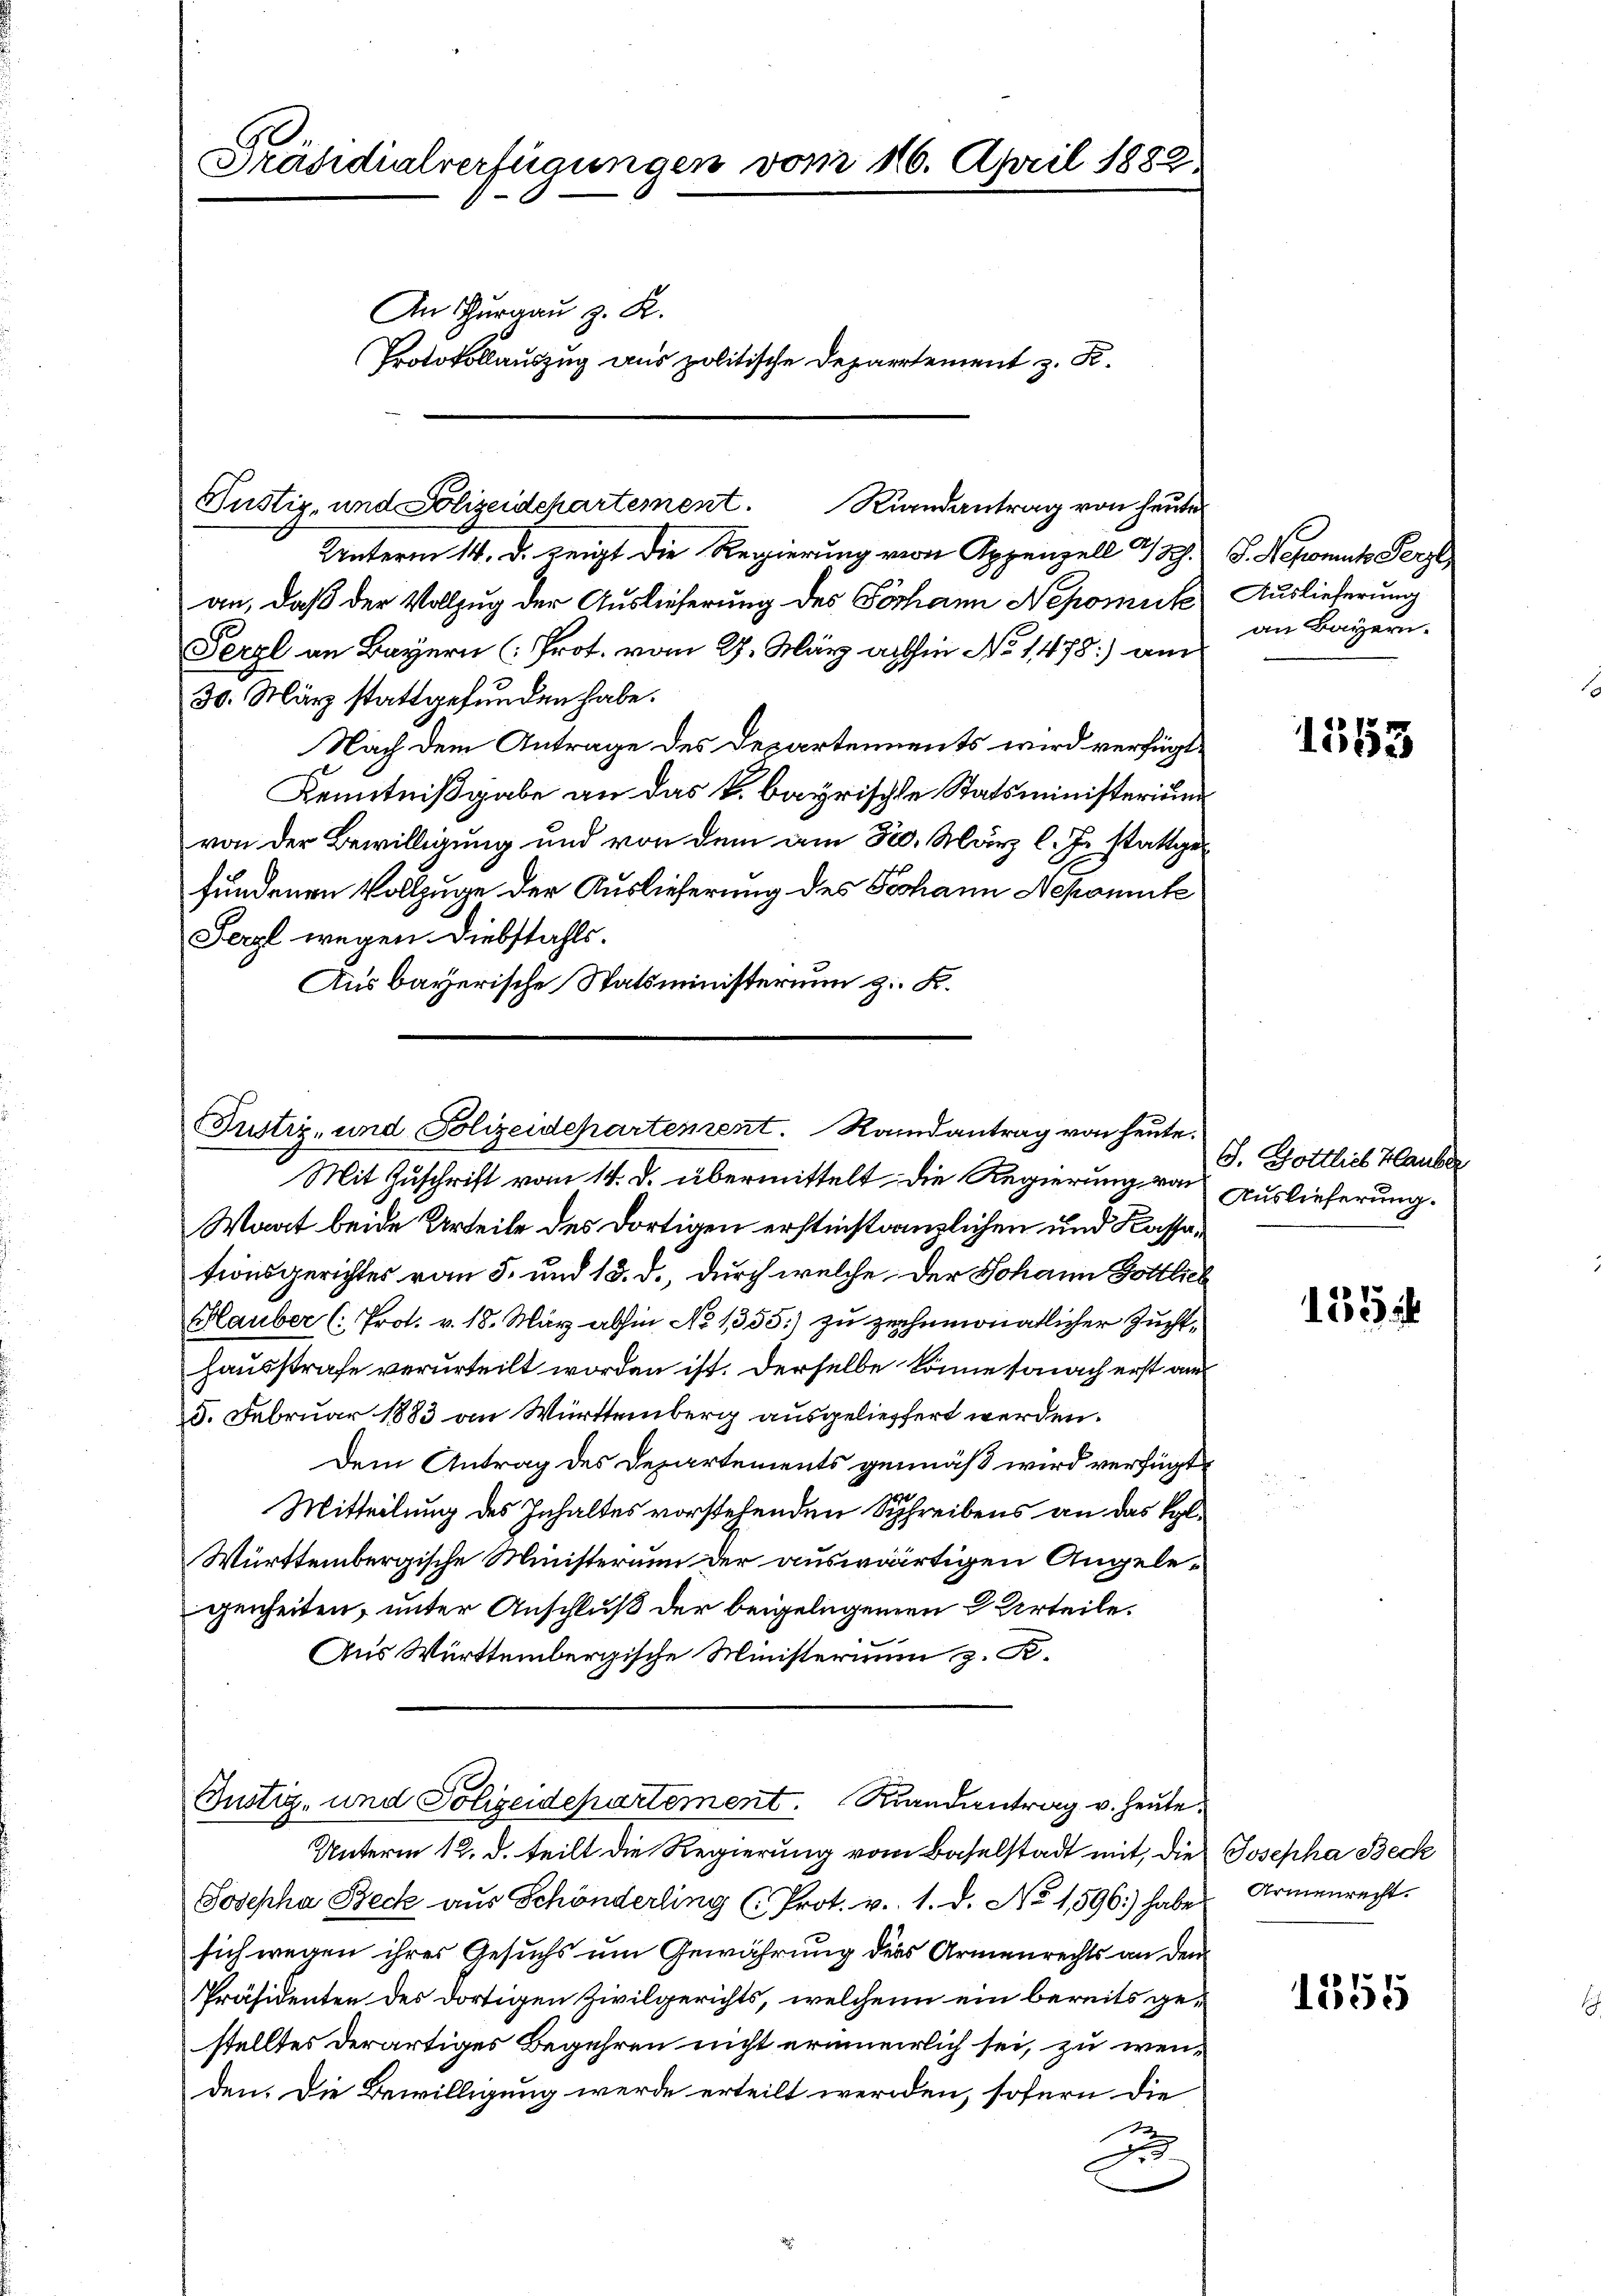
Präsidialverfügungen vom 10. April 1882.
An Thurgau z. R.
Protokollauszug aus politische Departement z. B.

Unterm 14. d. zeigt die Regierung von Appenzell a/Rh.
an, daß der Vollzug der Auslieferung des Johann Nepomuk
Ferzl an Bayern (Prot. vom 27. März abhin No 1478) am
30. März stattgefunden habe.
Nach dem Antrage des Departements wird verfügte
Kenntnißgabe an das k. bayrische Statsministerium
von der Bewilligung und von dem am 30. März l. Js. stattgefundenen Vollzuge der Auslieferung des Johann Nekonnte
Ferzl wegen. Diebstahls.
Aus bayerische Statsministerium z. K.

Justiz- und Polizeidchartement. Riandantrag von heute

Justiz- und Polizeidepartement. Randantrag von heute.
Mit Zuschrift vom 14. d. übermittelt. Die Regierung von
Waat beide Urteile des dortigen erstinstanzlichen und Kassationsgerichtes vom 5. und 18. d., durch welche der Johann Gottlich
Hauber (: Prot. v. 18. März abhin No 1355) zu ziehnmonatlicher Zuchthausstrafe verurteilt worden ist. Derselbe könne sonach erst am
5. Februar 1883 an Württemberg ausgeliefert werden.
Dem Antrag des Departements gemäß wird verfügt:
Mitteilung des Inhaltes vorstehenden Schreibens an das Kol¬
Württembergische Ministerium der auswärtigen Angelegenheiten, unter Anschluß der beigelegenen Urteile.
Aus Württembergische Ministerium z. R.

Unterm 12. d. teilt die Regierung vom Baselstadt mit, die Josepha Beck
Josepha Beck aus Schönderling (Prot. v. 1. d. No 1596.) haber Armenrecht.
sich wegen ihres Gesuchs um Gewährung ders Armenrechts an den
Präsidenten des dortigen Zivilgerichts, welchen ein bereits gestelltes derartiges Begehren nicht erinnerrlich sei, zu wen-
den. Die Bewilligung werde erteilt werden, sofern die
2

u

Justiz- und Polizeidepartement. Randantrag v. Heute.

J. Nepomut Herzl
Auslieferung
an Bayern.

1553

G. Gottlich Hauber
Auslieferung.

155

1355